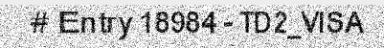
# Entry 18984 - TD2_VISA